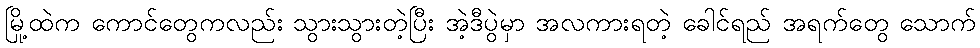
မြို့ထဲက ကောင်တွေကလည်း သွားသွားတဲ့ပြီး အဲ့ဒီပွဲမှာ အလကားရတဲ့ ခေါင်ရည် အရက်တွေ သောက်